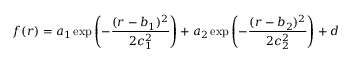
f ( r ) = a _ { 1 } \exp \left( - \frac { ( r - b _ { 1 } ) ^ { 2 } } { 2 c _ { 1 } ^ { 2 } } \right) + a _ { 2 } \exp \left( - \frac { ( r - b _ { 2 } ) ^ { 2 } } { 2 c _ { 2 } ^ { 2 } } \right) + d